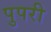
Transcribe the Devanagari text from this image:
पुपरी